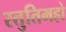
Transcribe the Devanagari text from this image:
स्तुतिमहो